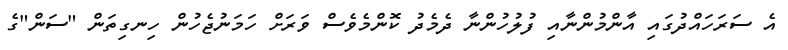
އެ ސަރަހައްދުގައި އާންމުންނާއި ފުލުހުންނާ ދެމެދު ކޮންމެވެސް ވަރަށް ހަމަނުޖެހުން ހިނގިތަން "ސަން"ގެ